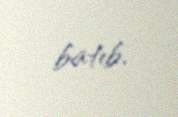
batıb.